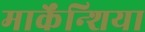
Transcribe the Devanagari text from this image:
मार्केंन्शिया